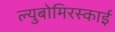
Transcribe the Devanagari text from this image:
ल्युबोमिरस्काई